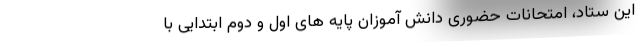
این ستاد، امتحانات حضوری دانش آموزان پایه های اول و دوم ابتدایی با